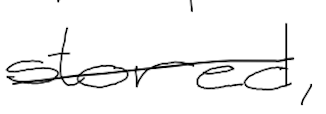
Text: stored,
Cross-out: single-line
Writing tool: digital_black